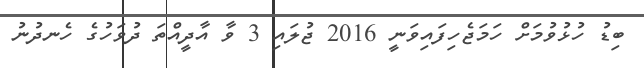
ބިޑު ހުޅުވުމަށް ހަމަޖެހިފައިވަނީ 2016 ޖުލައި 3 ވާ އާދީއްތަ ދުވަހުގެ ހެނދުނު